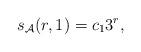
LaTeX: \begin{align*}s_\mathcal{A}(r,1)=c_13^r,\end{align*}